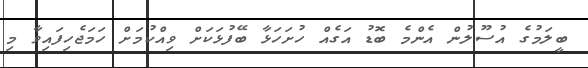
ބީލަމުގެ އުސޫލުން އެންމެ ބޮޑު އަގެއް ހުށަހަޅާ ބޭފުޅަކަށް ވިއްކުމަށް ހަމަޖެހިފައިވާ މި